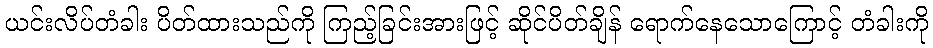
ယင်းလိပ်တံခါး ပိတ်ထားသည်ကို ကြည့်ခြင်းအားဖြင့် ဆိုင်ပိတ်ချိန် ရောက်နေသောကြောင့် တံခါးကို